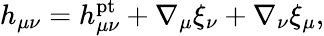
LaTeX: h_{\mu\nu}=h_{\mu\nu}^{\mathrm{pt}}+\nabla_{\mu}\xi_{\nu}+\nabla_{\nu}\xi_{\mu},